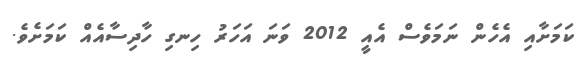
ކަމަށާއި އެހެން ނަމަވެސް އެއީ 2012 ވަނަ އަހަރު ހިނގި ހާދިސާއެއް ކަމަށެވެ.